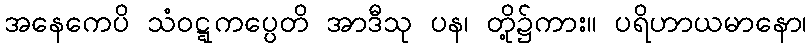
အနေကေပိ သံဝဋ္ဋကပ္ပေတိ အာဒီသု ပန၊ တို့၌ကား။ ပရိဟာယမာနော၊